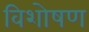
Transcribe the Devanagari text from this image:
विशोषण